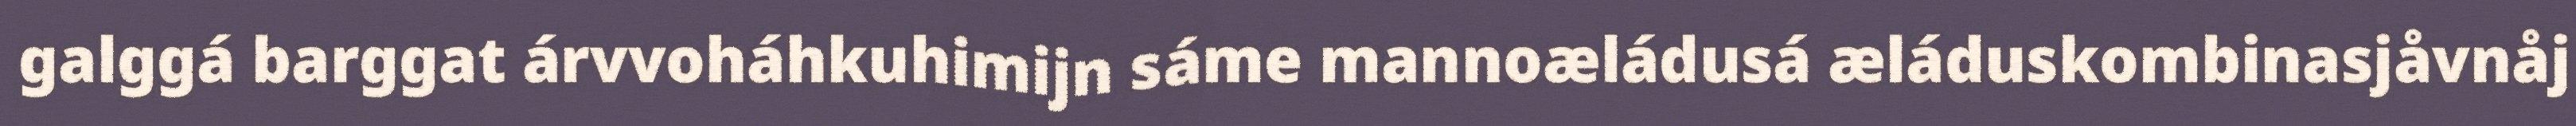
galggá barggat árvvoháhkuhimijn sáme mannoæládusá æláduskombinasjåvnåj